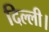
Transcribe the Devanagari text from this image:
दिल्‍ली।